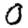
Digit: 0